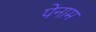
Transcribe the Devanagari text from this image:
पेनाम